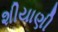
શીયાણી